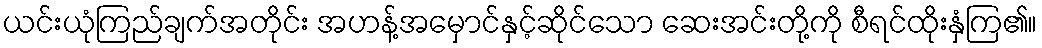
ယင်းယုံကြည်ချက်အတိုင်း အဟန့်အမှောင်နှင့်ဆိုင်သော ဆေးအင်းတို့ကို စီရင်ထိုးနှံကြ၏။